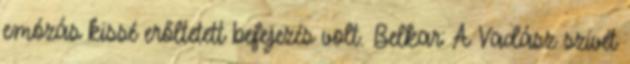
emózás kissé erőltetett befejezés volt. Belkar: A Vadász szívét